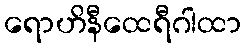
ရောဟိနီထေရီဂါထာ